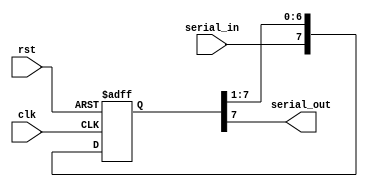
module PISO_shift_register (
    input wire clk,
    input wire rst,
    input wire serial_in,
    output reg serial_out
);

reg [7:0] shift_reg;

always @(posedge clk or posedge rst) begin
    if (rst) begin
        shift_reg <= 8'b0;
    end else begin
        shift_reg <= {serial_in, shift_reg[7:1]};
    end
end

assign serial_out = shift_reg[7];

endmodule